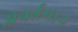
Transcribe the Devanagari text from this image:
अवर्तमान